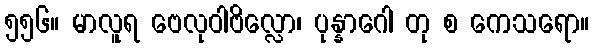
၅၅၆။ မာလူရ ဗေလုဝါဗိလ္လော၊ ပုန္နာဂေါ တု စ ကေသရော။